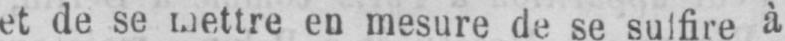
et de se mettre en mesure de se sulfire à